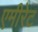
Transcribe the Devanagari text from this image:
एमीरेट